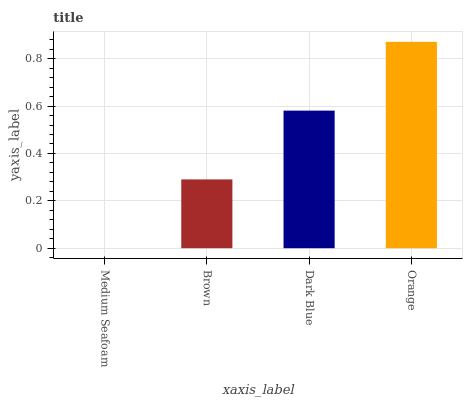
| xaxis_label | bars |
 | --- | --- |
 | Medium Seafoam | 0 |
 | Brown | 0.29 |
 | Dark Blue | 0.581 |
 | Orange | 0.871 |